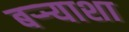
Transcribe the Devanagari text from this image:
बऱ्र्‍याशा